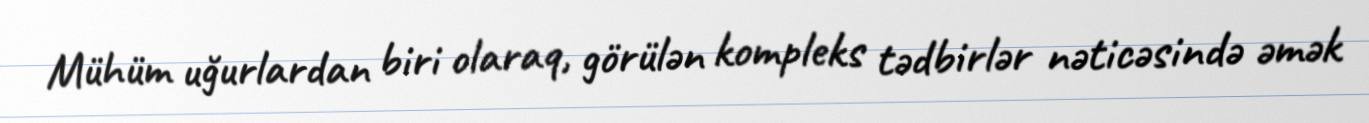
Mühüm uğurlardan biri olaraq, görülən kompleks tədbirlər nəticəsində əmək